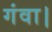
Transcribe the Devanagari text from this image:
गंवा।